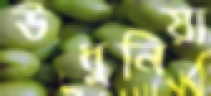
উধুনিয়া